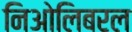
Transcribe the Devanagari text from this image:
निओलिबरल